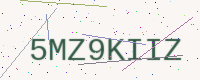
Text: 5MZ9KIIZ